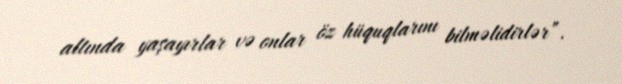
altında yaşayırlar və onlar öz hüquqlarını bilməlidirlər”.